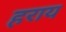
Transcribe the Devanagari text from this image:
हराय